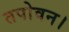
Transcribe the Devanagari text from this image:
तपोवन।